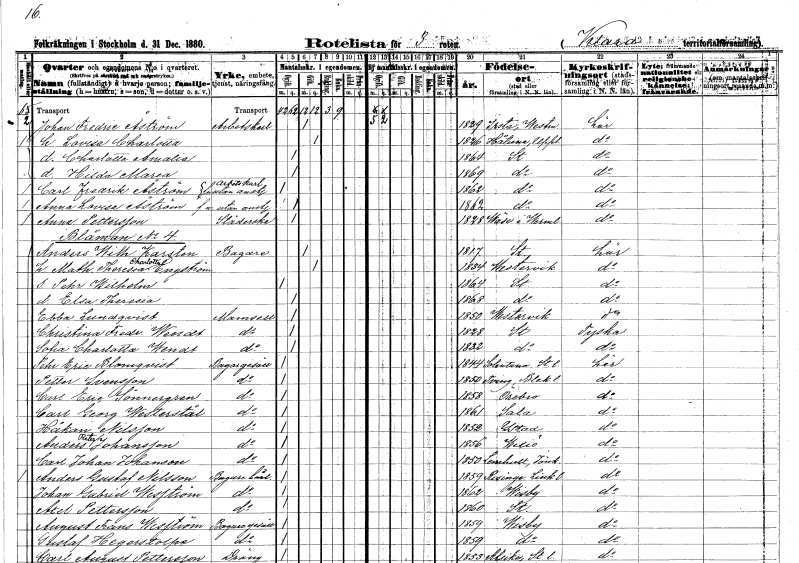
gt_parse: households: individuals: FN: Johan Fredric
EN: Åström
YRKE: Arbetskarl
KON: M
CIV: G
FODAR: 1829
FODFORS: Irsta Västmanlands län
FN: Lovisa Charlotta
KON: K
CIV: G
FODAR: 1826
FODFORS: Håtuna Stockholms län
FN: Charlotta Amalia
KON: K
CIV: O
FODAR: 1864
FODFORS: Stockholm
FN: Hilda Maria
KON: K
CIV: O
FODAR: 1869
FODFORS: Stockholm
FN: Carl Fredrik
EN: Åström
YRKE: Arbetskarl
KON: M
CIV: O
FODAR: 1862
FODFORS: Stockholm
FN: Anna Lovisa
EN: Åström
KON: K
CIV: O
FODAR: 1862
FODFORS: Stockholm
FN: Anna
EN: Pettersson
YRKE: Städerska
KON: K
CIV: O
FODAR: 1828
FODFORS: Väse Värmlands län
FN: Anders Wilhelm
EN: Karsten
YRKE: Bagare
KON: M
CIV: G
FODAR: 1817
FODFORS: Stockholm
FN: Mathilda Theresia Charlotta
EN: Engström
KON: K
CIV: G
FODAR: 1834
FODFORS: Västervik Kalmar län
FN: Pehr Wilhelm
KON: M
CIV: O
FODAR: 1864
FODFORS: Stockholm
FN: Elsa Theresia
KON: K
CIV: O
FODAR: 1868
FODFORS: Stockholm
FN: Ebba
EN: Lundqvist
KON: K
CIV: O
FODAR: 1850
FODFORS: Västervik Kalmar län
FN: Christina Fredrika
EN: Wendt
KON: K
CIV: O
FODAR: 1828
FODFORS: Stockholm
FN: Sofia Charlotta
EN: Wendt
KON: K
CIV: O
FODAR: 1832
FODFORS: Stockholm
FN: Pehr Eric
EN: Blomqvist
YRKE: Bagaregesäll
KON: M
CIV: O
FODAR: 1844
FODFORS: Sollentuna Stockholms län
FN: Petter
EN: Svensson
YRKE: Bagaregesäll
KON: M
CIV: O
FODAR: 1850
FODFORS: Tving Blekinge län
FN: Carl Eric
EN: Sönnergren
YRKE: Bagaregesäll
KON: M
CIV: O
FODAR: 1858
FODFORS: Örebro Örebro län
FN: Carl Georg
EN: Westerstål
YRKE: Bagaregesäll
KON: M
CIV: O
FODAR: 1861
FODFORS: Sala Västmanlands län
FN: Håkan
EN: Nilsson
YRKE: Bagaregesäll
KON: M
CIV: O
FODAR: 1852
FODFORS: Ystad Malmöhus län
FN: Anders Peter
EN: Johansson
YRKE: Bagaregesäll
KON: M
CIV: O
FODAR: 1856
FODFORS: Växjö Kronobergs län
FN: Carl Johan
EN: Johanson
YRKE: Bagaregesäll
KON: M
CIV: O
FODAR: 1850
FODFORS: Lemnhult Jönköpings län
FN: Anders Gustaf
EN: Nilsson
YRKE: Bagerilärling
KON: M
CIV: O
FODAR: 1859
FODFORS: Risinge Östergötlands län
FN: Johan Gabriel
EN: Wesström
YRKE: Bagerilärling
KON: M
CIV: O
FODAR: 1862
FODFORS: Visby Gotlands län
FN: Axel
EN: Pettersson
YRKE: Bagerilärling
KON: M
CIV: O
FODAR: 1860
FODFORS: Stockholm
FN: August Frans
EN: Wesström
YRKE: Bagaregesäll
KON: M
CIV: O
FODAR: 1859
FODFORS: Visby Gotlands län
FN: Gustaf
EN: Hegerstolpe
YRKE: Bagaregesäll
KON: M
CIV: O
FODAR: 1859
FODFORS: Visby Gotlands län
FN: Carl August
EN: Pettersson
YRKE: Dräng
KON: M
CIV: O
FODAR: 1853
FODFORS: Alsike Uppsala län